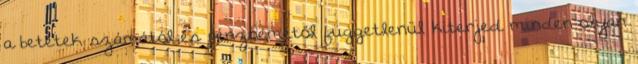
a betétek számától és pénznemétől függetlenül kiterjed minden olyan